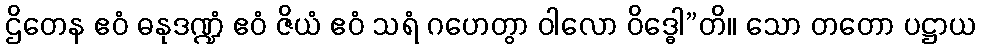
ဌိတေန ဧဝံ ဓနုဒဏ္ဍံ ဧဝံ ဇိယံ ဧဝံ သရံ ဂဟေတွာ ဝါလော ဝိဒ္ဓေါ”တိ။ သော တတော ပဋ္ဌာယ